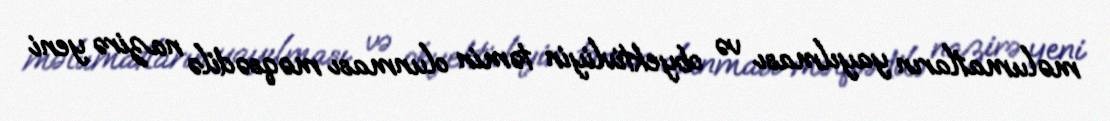
məlumatların yayılması və obyektivliyin təmin olunması məqsədilə nazirə yeni